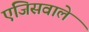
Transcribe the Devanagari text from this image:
एंजिसवाले